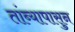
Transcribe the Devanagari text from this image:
तांब्यापासुन